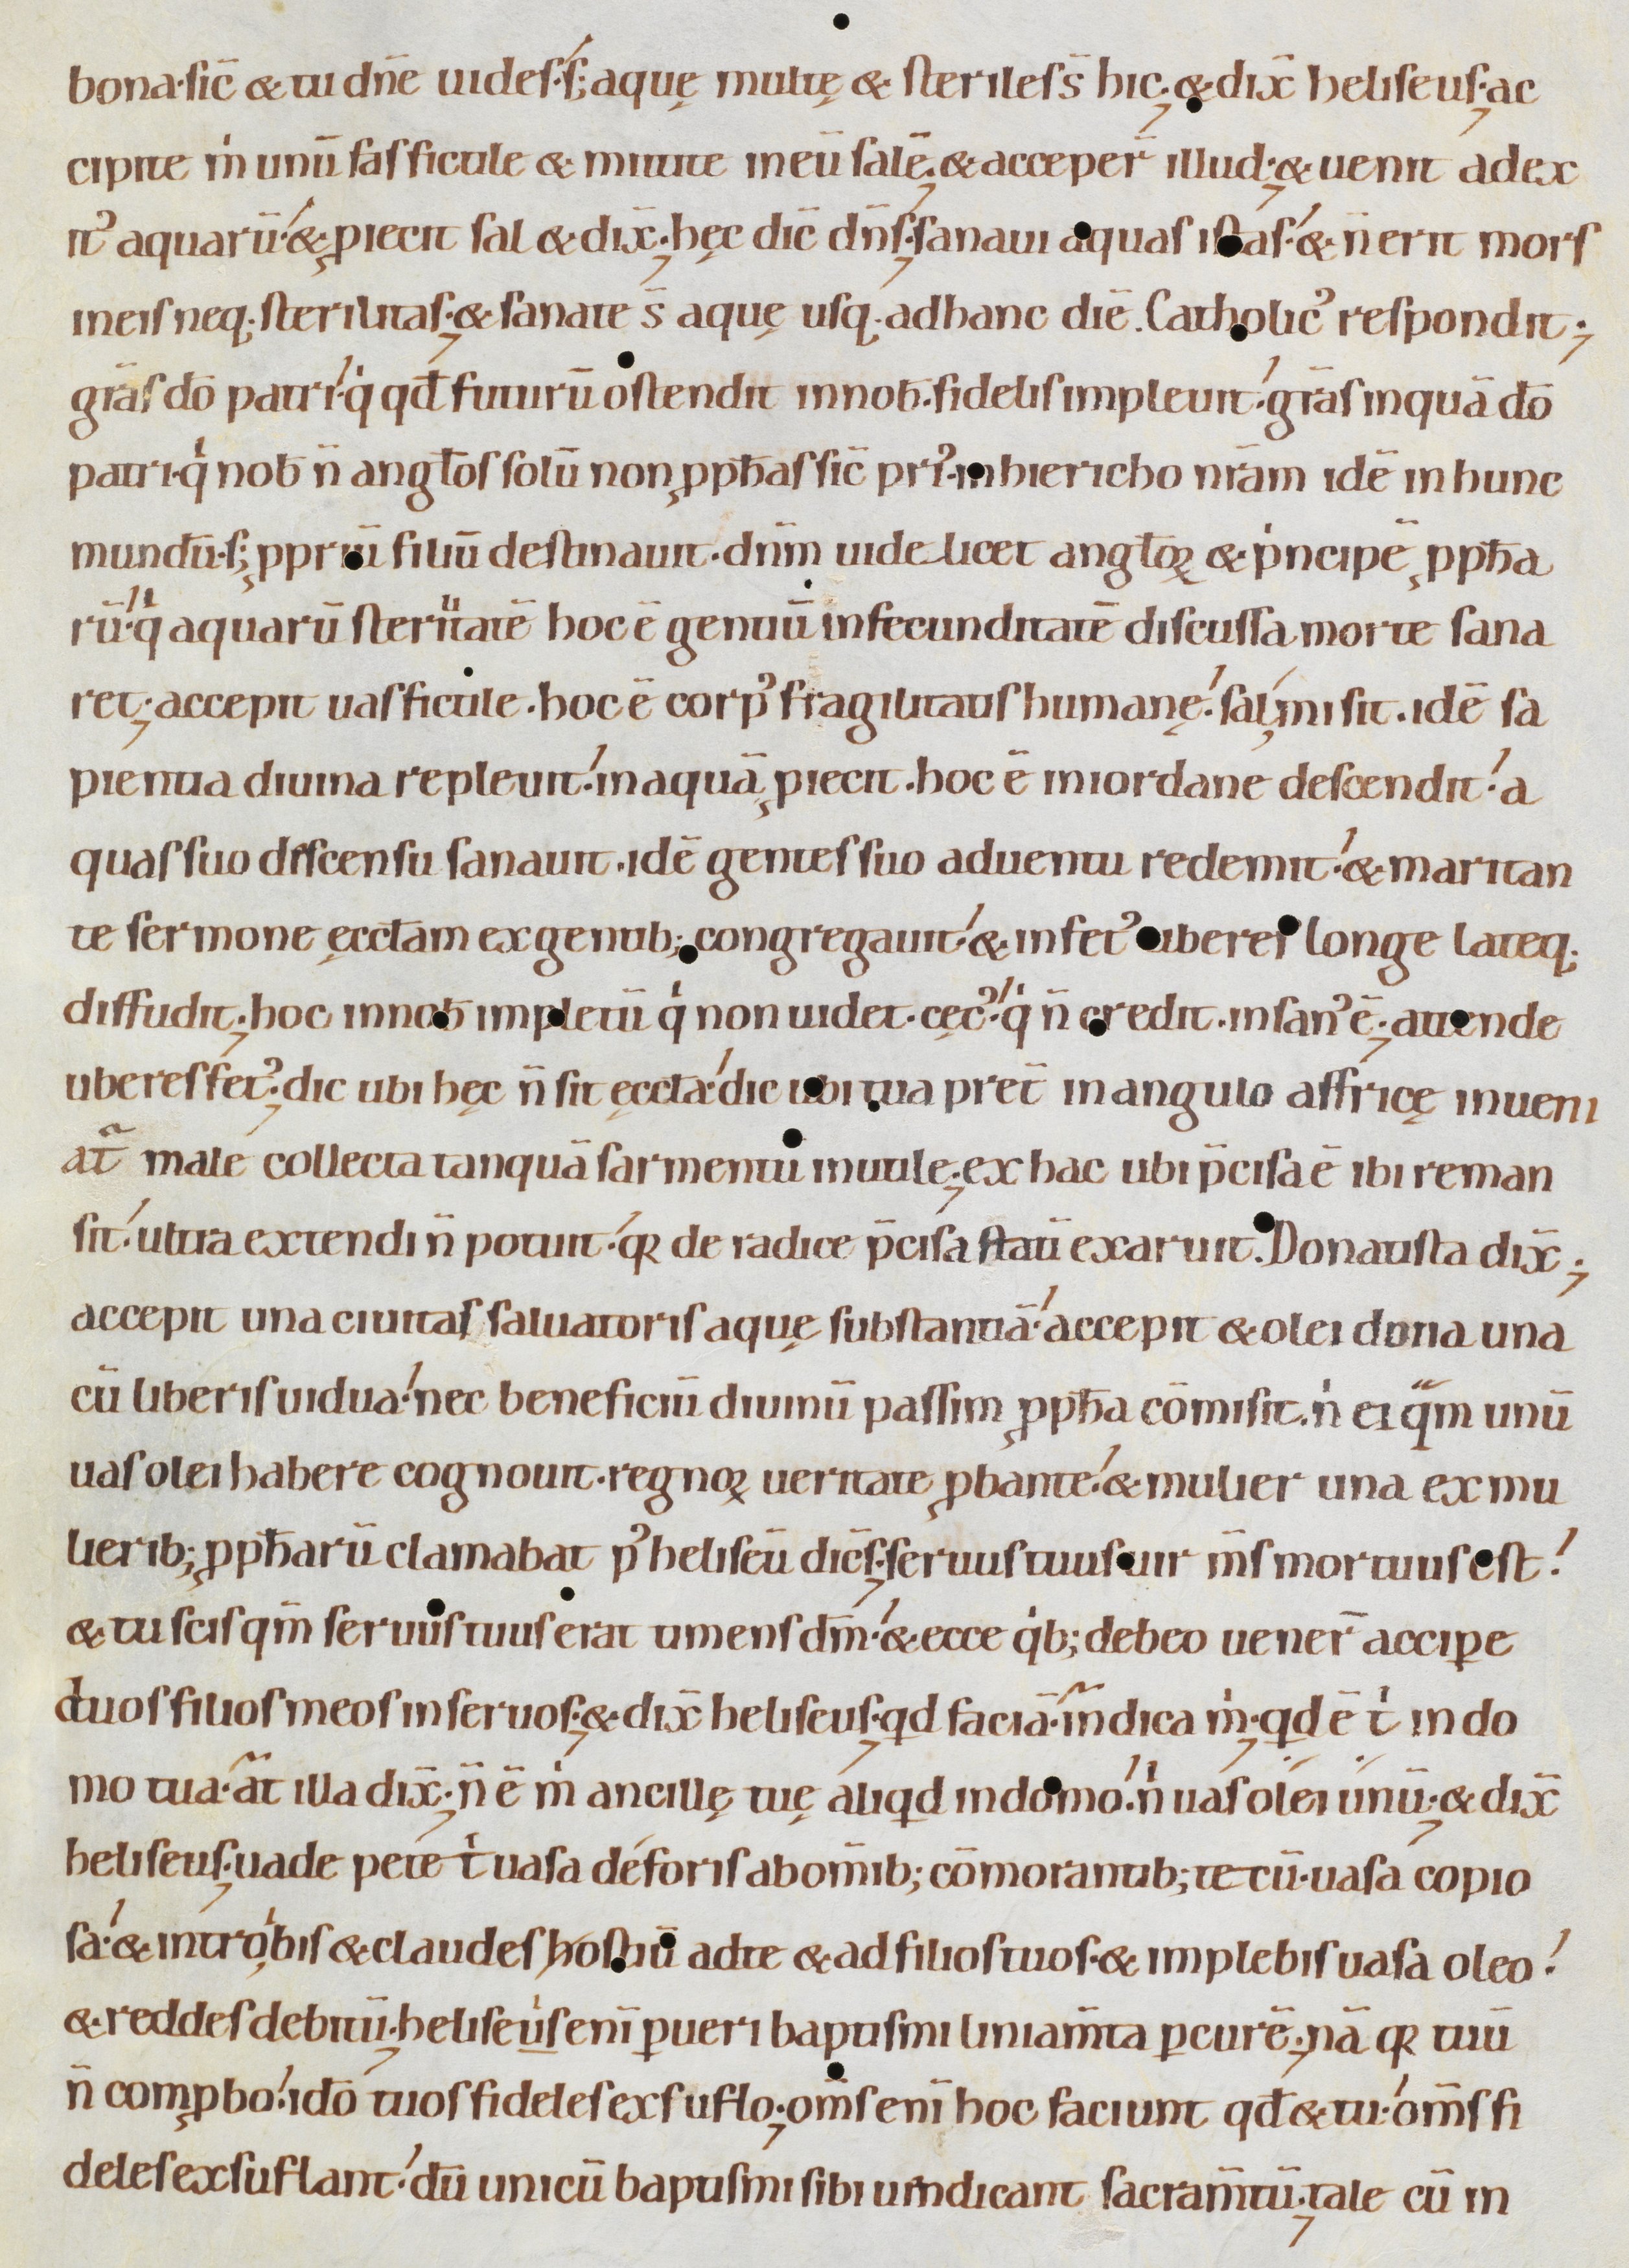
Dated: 1080–1096